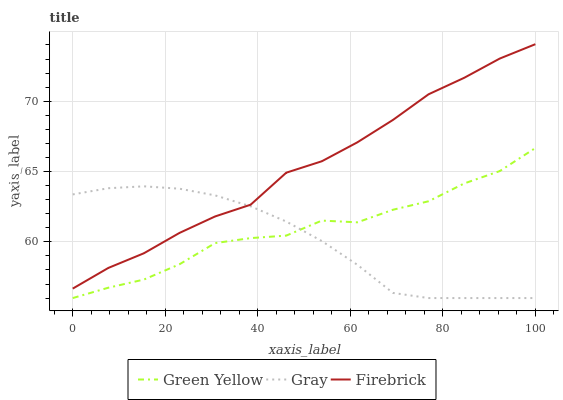
| xaxis_label | Green Yellow | Gray | Firebrick |
 | --- | --- | --- | --- |
 | 0 | 56 | 63.4 | 56.7 |
 | 7.69 | 56.7 | 63.8 | 58.1 |
 | 15.4 | 57.3 | 63.9 | 59.2 |
 | 23.1 | 58.4 | 63.8 | 60.6 |
 | 30.8 | 59.9 | 63.3 | 61.8 |
 | 38.5 | 60.3 | 62.5 | 62.6 |
 | 46.2 | 60.4 | 61.4 | 64.9 |
 | 53.8 | 61.5 | 60.1 | 65.7 |
 | 61.5 | 61.4 | 58.4 | 67.1 |
 | 69.2 | 62.3 | 56.4 | 68.7 |
 | 76.9 | 62.9 | 56 | 70.5 |
 | 84.6 | 64.2 | 56 | 71.7 |
 | 92.3 | 65 | 56 | 73 |
 | 100 | 66.7 | 56 | 74.1 |